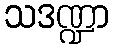
သဒဏ္ဍာ